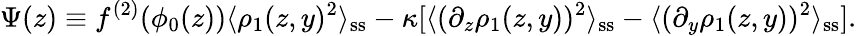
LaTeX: \Psi(z)\equiv f^{(2)}(\phi_{0}(z))\langle\rho_{1}(z,y)^{2}\rangle_{\mathrm{ss}}-\kappa[\langle(\partial_{z}\rho_{1}(z,y))^{2}\rangle_{\mathrm{ss}}-\langle(\partial_{y}\rho_{1}(z,y))^{2}\rangle_{\mathrm{ss}}].